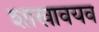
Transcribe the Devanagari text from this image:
शाखावयव